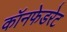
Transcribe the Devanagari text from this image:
कॉनफेडरेट